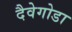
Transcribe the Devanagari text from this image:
दैवेगोडा